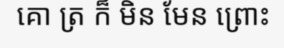
គោ ត្រ ក៏ មិន មែន ព្រោះ